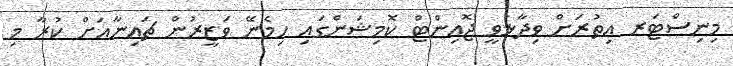
މިނިސްޓަރ އިތުރަށް ވިދާޅުވީ ޖޮއިންޓް ކޮމިޝަންގައި ހިމެނޭ ވަޒީރުން ޗައިނާއަށް ކުރާ މި